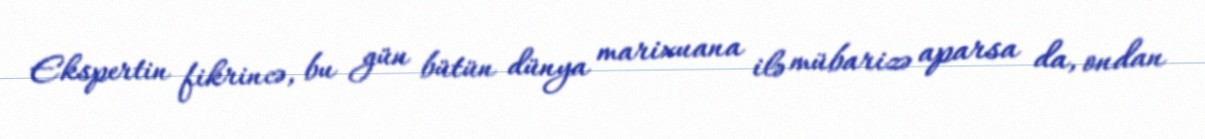
Ekspertin fikrincə, bu gün bütün dünya marixuana ilə mübarizə aparsa da, ondan